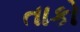
તાકો